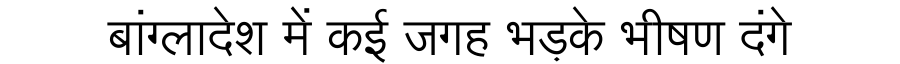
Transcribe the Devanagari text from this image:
बांग्लादेश में कई जगह भड़के भीषण दंगे